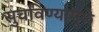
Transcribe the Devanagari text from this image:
सुचविण्यामुळे